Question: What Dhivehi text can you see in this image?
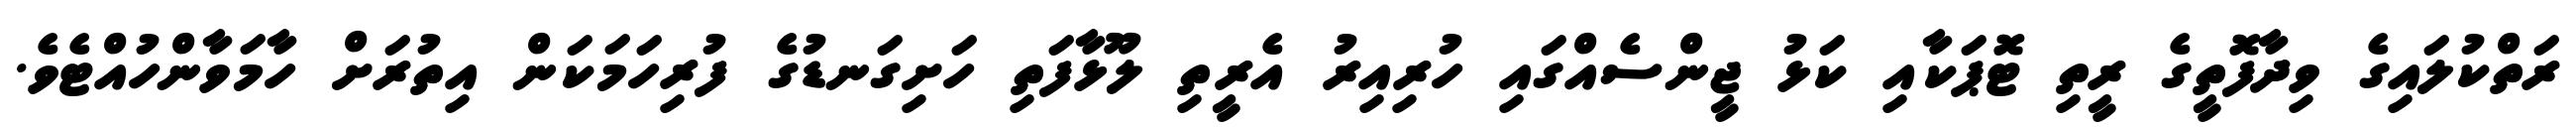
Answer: ރަތްކުލައިގެ ވިދާފޮތީގެ ރީތި ޓޮޕަކާއި ކަޅު ޖީންސެއްގައި ހުރިއިރު އެރީތި ލޫޅާފަތި ހަށިގަނޑުގެ ފުރިހަމަކަން އިތުރަށް ހާމަވާންހުއްޓެވެ.